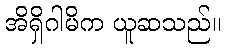
အိရှိဂါမိက ယူဆသည်။